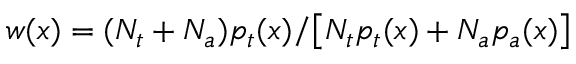
w ( x ) = ( N _ { t } + N _ { a } ) p _ { t } ( x ) / \big [ N _ { t } p _ { t } ( x ) + N _ { a } p _ { a } ( x ) \big ]